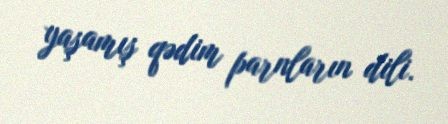
yaşamış qədim parnların dili.